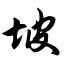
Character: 坡